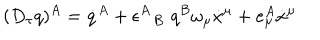
( D _ { \tau } q ) ^ { A } = \dot { q } ^ { A } + \epsilon ^ { A } \! \! { \phantom { \epsilon } } _ { B } \, \, q ^ { B } \omega _ { \mu } \dot { x } ^ { \mu } + e _ { \mu } ^ { A } \dot { x } ^ { \mu }